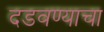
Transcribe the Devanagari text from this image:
दडवण्याचा